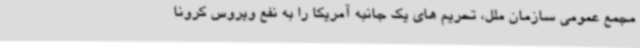
مجمع عمومی سازمان ملل، تحریم های یک جانبه آمریکا را به نفع ویروس کرونا